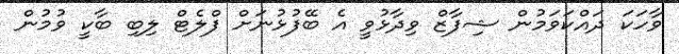
ވާހަކަ ދައްކަވަމުން ޝިފާޒް ވިދާޅުވީ އެ ބޭފުޅުނަށް ފްލެޓް ލިބި ބާކީ ވުމުން